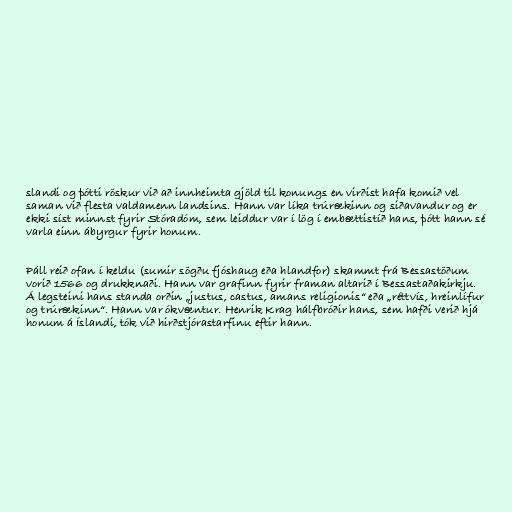
slandi og þótti röskur við að innheimta gjöld til konungs en virðist hafa komið vel
saman við flesta valdamenn landsins. Hann var líka trúrækinn og siðavandur og er
ekki síst minnst fyrir Stóradóm, sem leiddur var í lög í embættistíð hans, þótt hann sé
varla einn ábyrgur fyrir honum.

Páll reið ofan í keldu (sumir sögðu fjóshaug eða hlandfor) skammt frá Bessastöðum
vorið 1566 og drukknaði. Hann var grafinn fyrir framan altarið í Bessastaðakirkju.
Á legsteini hans standa orðin „justus, castus, amans religionis“ eða „réttvís, hreinlífur
og trúrækinn“. Hann var ókvæntur. Henrik Krag hálfbróðir hans, sem hafði verið hjá
honum á Íslandi, tók við hirðstjórastarfinu eftir hann.